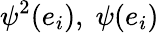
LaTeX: \psi^{2}(e_{i}),\; \psi(e_{i})